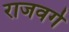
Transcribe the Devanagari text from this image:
राजवर्ग